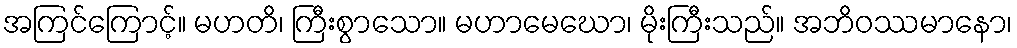
အကြင်ကြောင့်။ မဟတိ၊ ကြီးစွာသော။ မဟာမေဃော၊ မိုးကြီးသည်။ အဘိဝဿမာနော၊